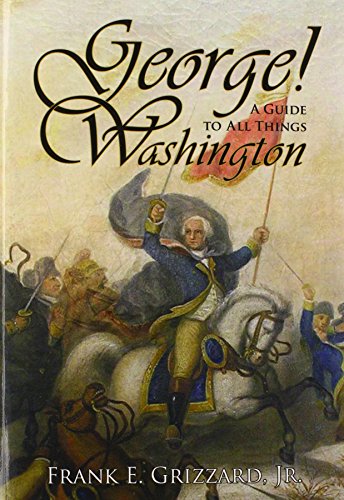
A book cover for George! a Guide to All Things Washington; Frank E. Grizzard Jr; Biographies & Memoirs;